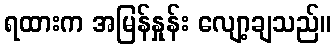
ရထားက အမြန်နှုန်း လျော့ချသည်။